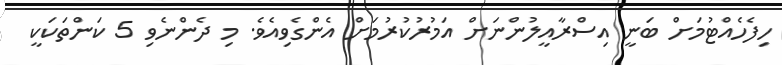
ހިފެހެއްޓުމަށް ބަނީ އިސްރާއީލުންނަށް އަމުރުކުރުމަށް އެންގެވިއެވެ. މި ދެންނެވި 5 ކަންތަކަކީ